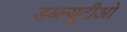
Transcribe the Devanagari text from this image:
डब्‍ल्‍यूटीओ